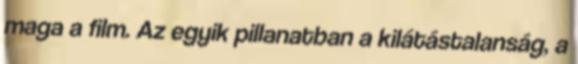
maga a film. Az egyik pillanatban a kilátástalanság, a